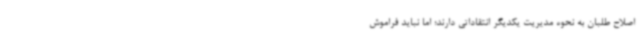
اصلاح طلبان به نحوه مدیریت یکدیگر انتقاداتی دارند؛ اما نباید فراموش